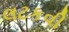
લટકવી